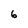
Character: 6